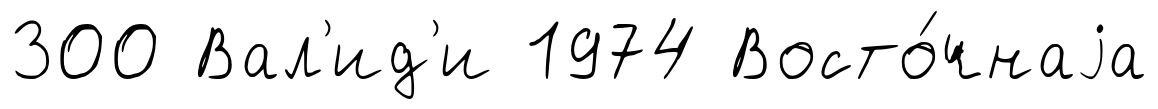
300 Вал'ид'и 1974 Восто́чнаjа